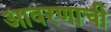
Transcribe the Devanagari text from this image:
आवरणाची